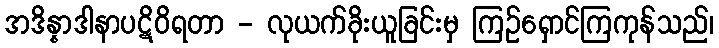
အဒိန္နာဒါနာပဋိဝိရတာ - လုယက်ခိုးယူခြင်းမှ ကြဉ်ရှောင်ကြကုန်သည်၊